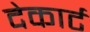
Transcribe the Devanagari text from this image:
देकार्ट